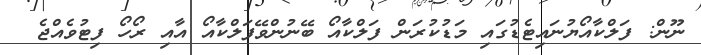
ނޫން: ފަލްކާއޯޔުނައިޓެޑުގައި މަޑުކުރަން ފަލްކާއޯ ބޭނުންވޭފަލްކާއޯ އާއި ރޯހޯ ފިޓުވެއްޖެ